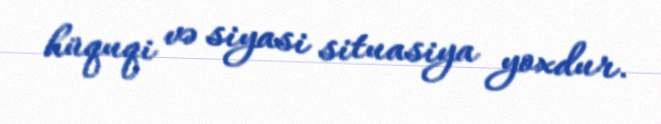
hüquqi və siyasi situasiya yoxdur.